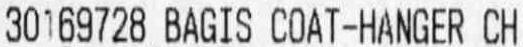
30169728 BAGIS COAT-HANGER CH